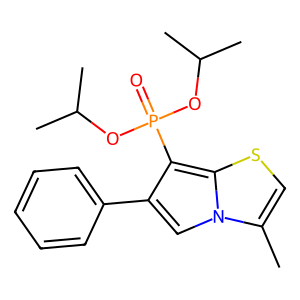
SMILES: Cc1csc2c(P(=O)(OC(C)C)OC(C)C)c(-c3ccccc3)cn12
Inhibits HIV replication: No